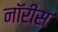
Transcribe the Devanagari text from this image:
नॉरीस